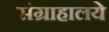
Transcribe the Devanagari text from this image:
संग्राहालये